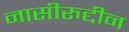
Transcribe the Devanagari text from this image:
नासीरुद्दीन